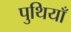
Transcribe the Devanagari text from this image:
पुथियाँ